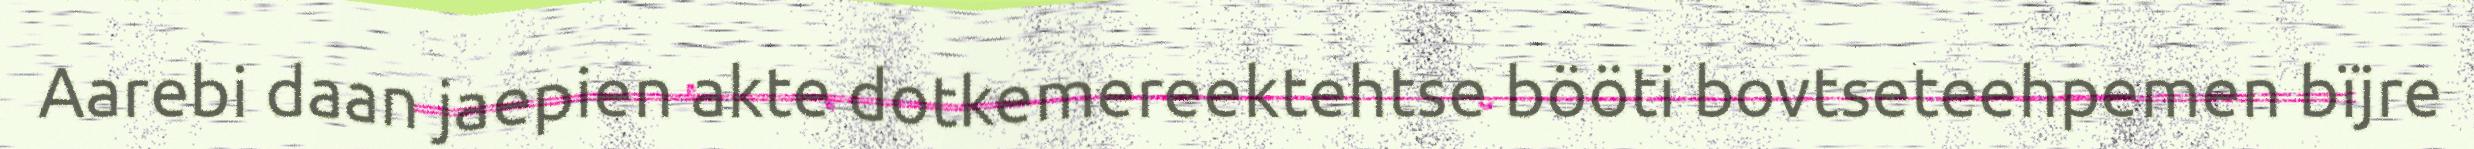
Aarebi daan jaepien akte dotkemereektehtse bööti bovtseteehpemen bïjre